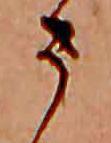
ま